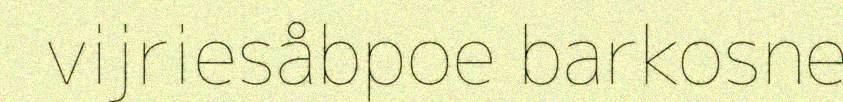
vijriesåbpoe barkosne